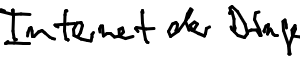
Internet der Dinge vernetzt Geräte miteinander.